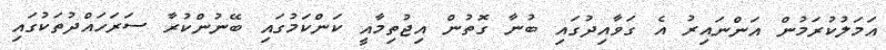
އަމަލުކުރަމުުން އަންނައިރު އެ ގަވާއިދުގައި ބުނާ ގޮތުން އިޖުތިމާއީ ކަންކަމުގައި ބޭނުންކުރާ ސަރަހައްދުތަކުގައި